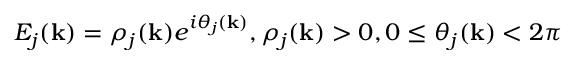
E _ { j } ( { \bf k } ) = \rho _ { j } ( { \bf k } ) e ^ { i \theta _ { j } ( { \bf k } ) } , \rho _ { j } ( { \bf k } ) > 0 , 0 \le \theta _ { j } ( { \bf k } ) < 2 \pi